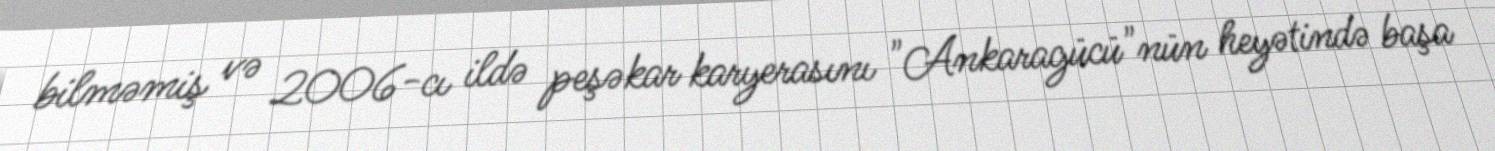
bilməmiş və 2006-cı ildə peşəkar karyerasını "Ankaragücü"nün heyətində başa